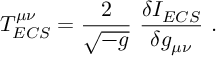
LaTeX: T _ { E C S } ^ { \mu \nu } = \frac { 2 } { \sqrt { - g } } \ \frac { \delta I _ { E C S } } { \delta g _ { \mu \nu } } \ .